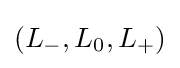
(L_{-},L_{0},L_{+})